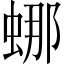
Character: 𬠌